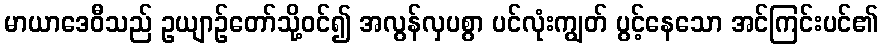
မာယာဒေဝီသည် ဥယျာဉ်တော်သို့ဝင်၍ အလွန်လှပစွာ ပင်လုံးကျွတ် ပွင့်နေသော အင်ကြင်းပင်၏